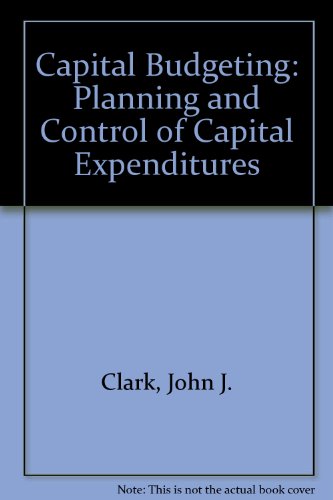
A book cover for Capital Budgeting: Planning and Control of Capital Expenditures; John J. Clark; Business & Money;